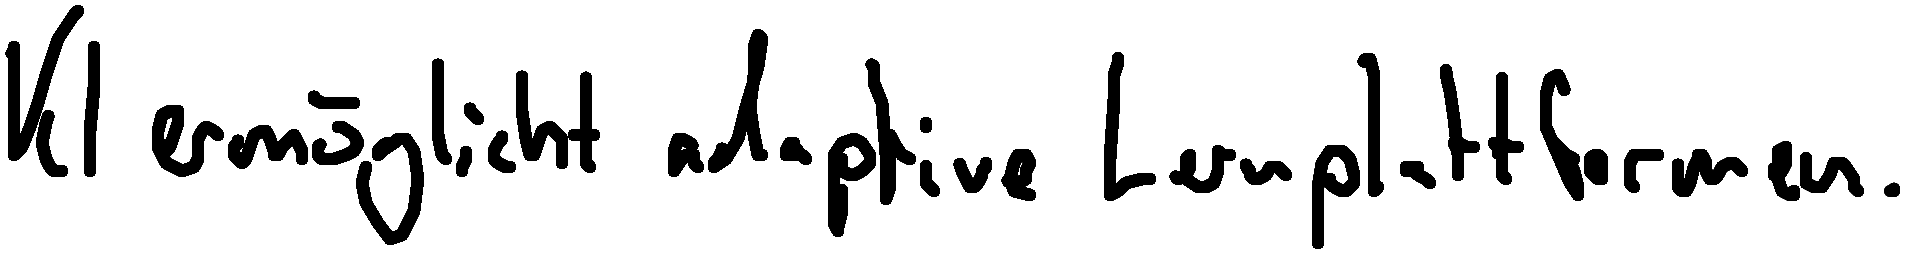
KI ermöglicht adaptive Lernplattformen.